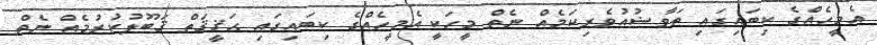
އެމީހެއްގެ ކިބައިގައި ތަވާޟުޢުވެރިކަމެއް ނެތް މީހަކީ އެމީހެއްގެ ކިބައިގައި ޙަޤީޤަތް ޤަބޫލުކުރުމެއް ނެތް